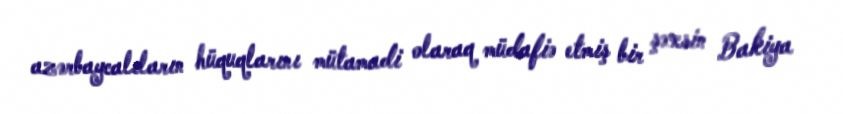
azərbaycalıların hüquqlarını mütamadi olaraq müdafiə etmiş bir şəxsin Bakiya